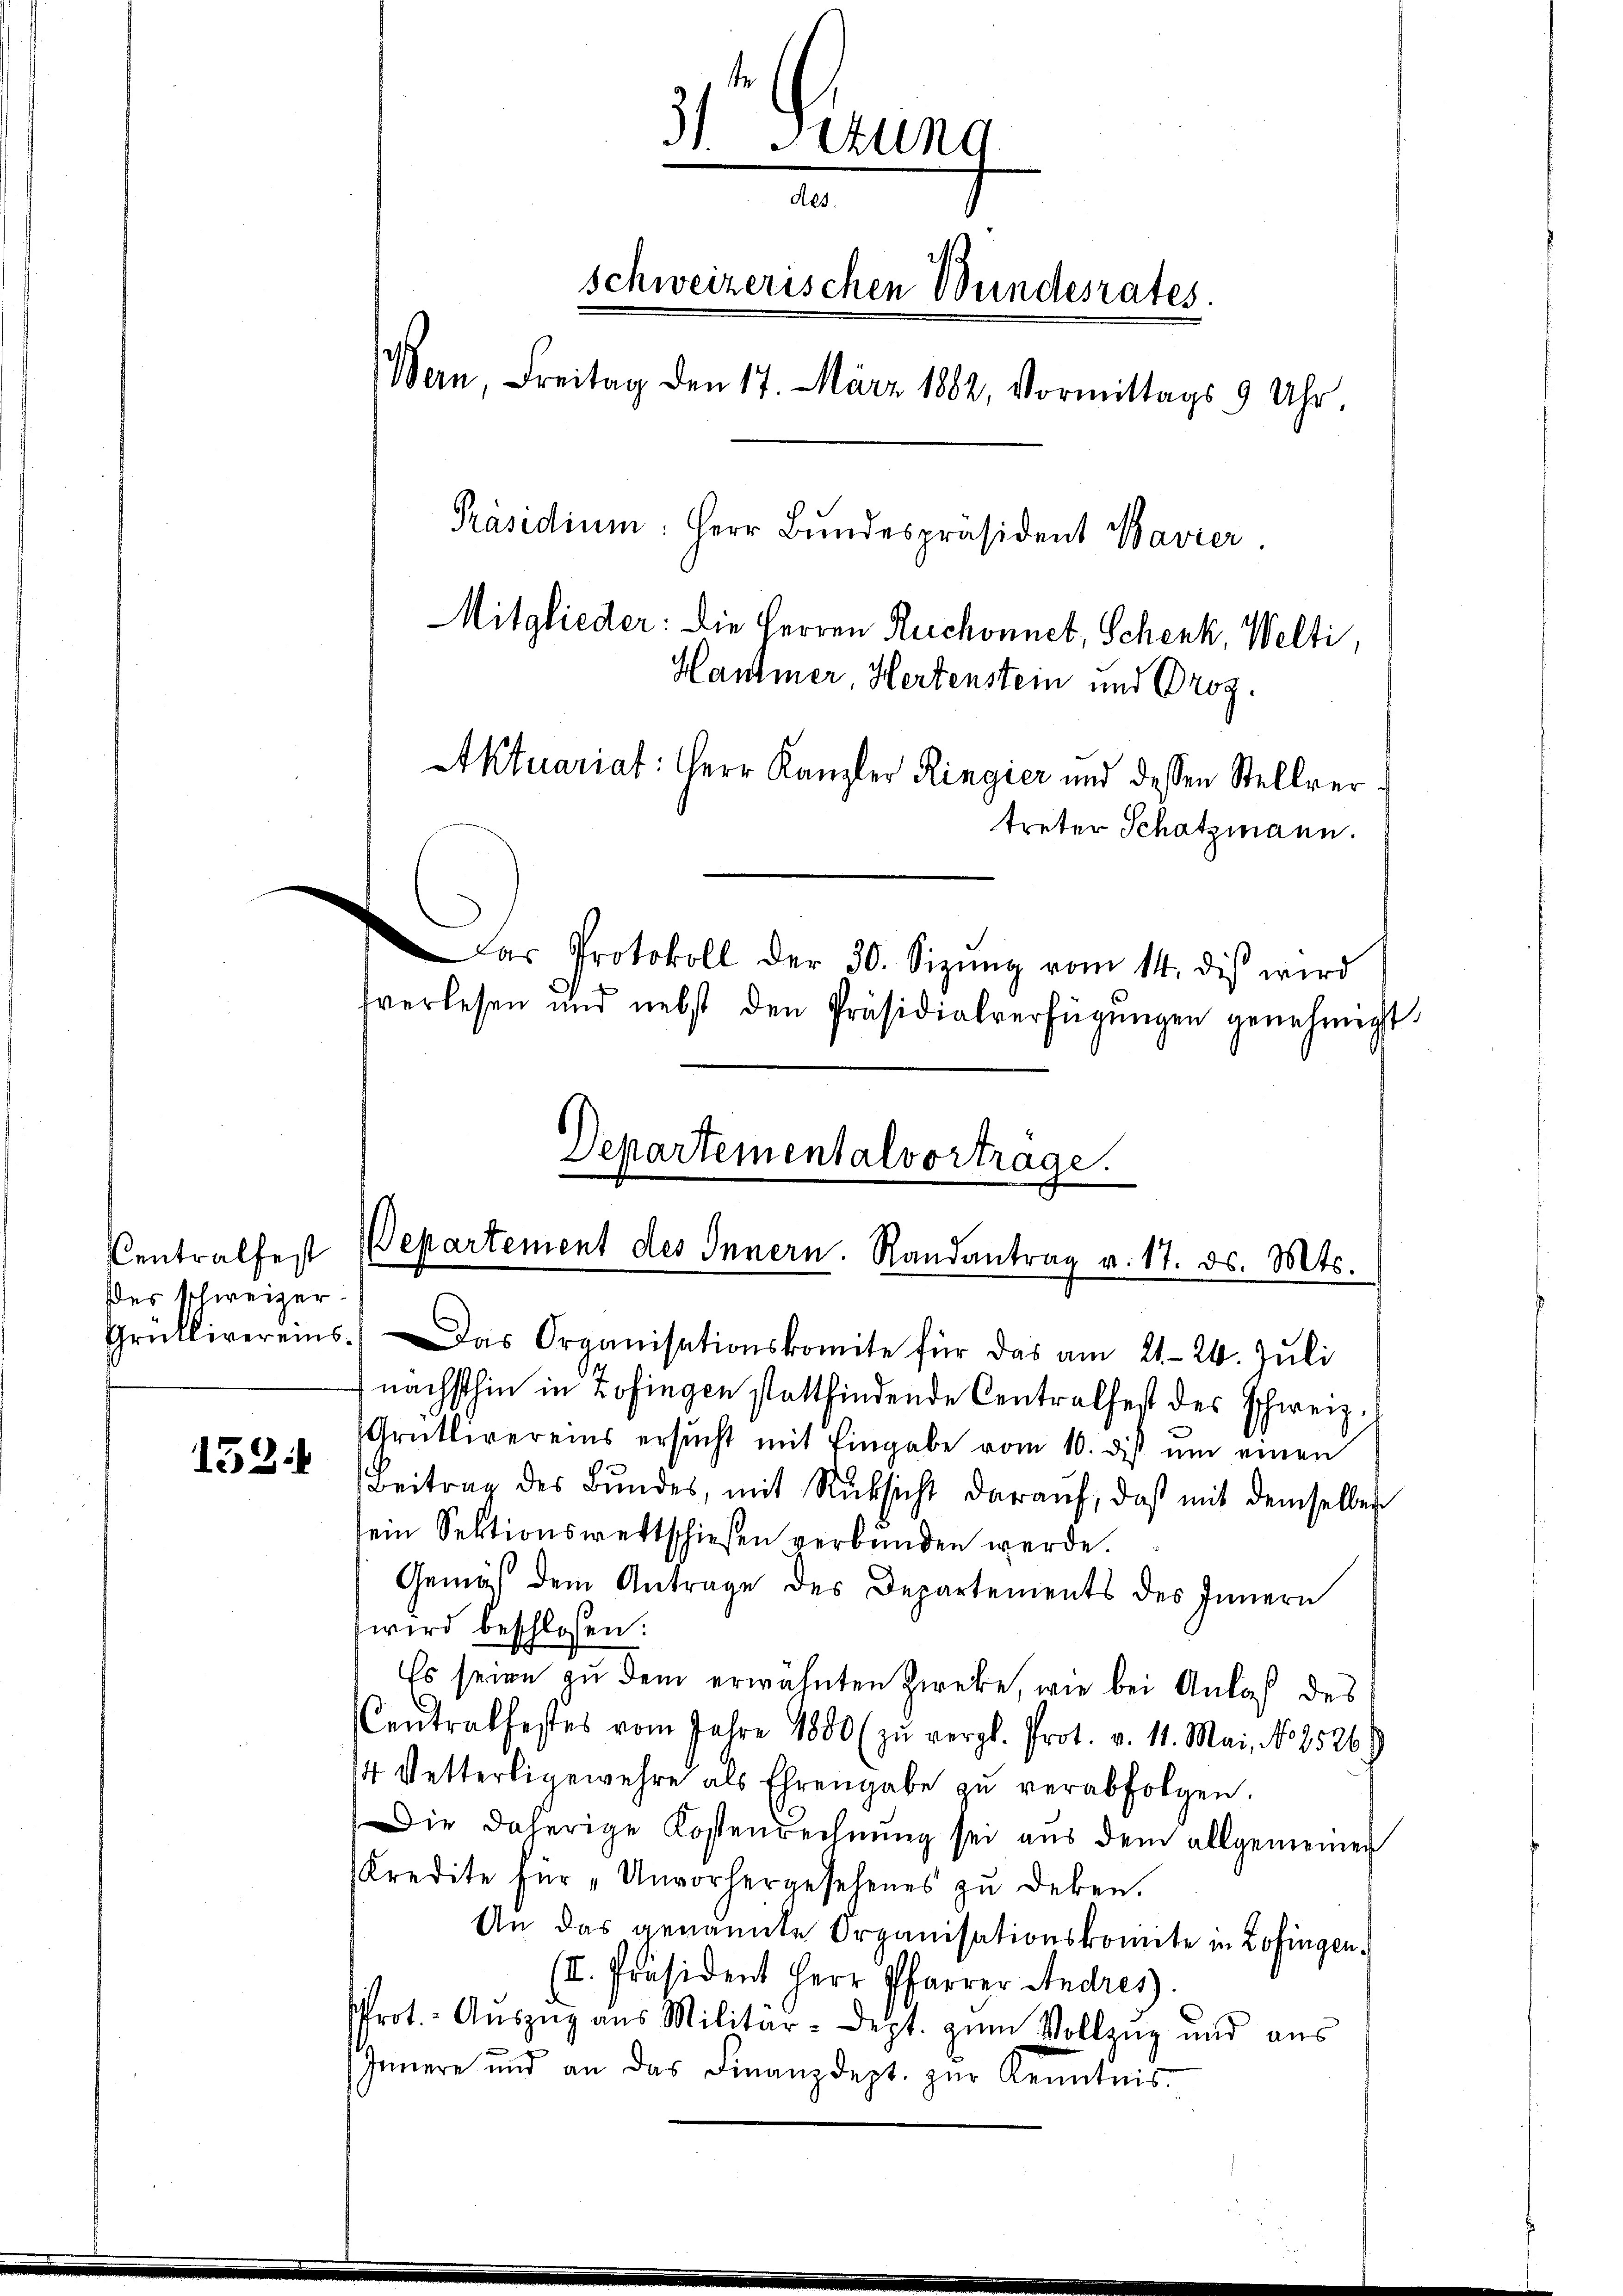
des schweizer

152

31. Situng
des.
schweizerischen Wundesrates.
Bern, Freitag den 17. März 1882, Vormittags 9 Uhr.
Präsidium: Herr Bundespräsident Bavier
Mitglieder: Die Herren Ruchonnet, Schenk, Welti
Hantmer, Hertenstein und Proz.
Aktuariat: Herr Kanzler Ringier und dessen Stellvertreter Schatzmann.
Das Protokoll der 30. Sizŭng vom 14. dis wird
sverlesen und nebst den Präsidialverfügŭngen genehmigt.

Departementalvortrage.
Centralfest Departement des Innern. Randantrag v. 17. ds. Mts.
Grüllivereins. Das Organisationskomite für das am 21. 24. Jŭli

nächsthin in Zofingen stattfindende Centralfest des Schweiz.
Grütlivereins ersŭcht mit Eingabe vom 10. dis ŭm einen
Beitrag des Bŭndes, mit Rücksicht daraŭf, daß mit demselben
ein Sektionswettschießen verbunden werde.
Gemäß dem Antrage des Departements des Innern
wird beschlossen:
Es seien zu dem erwähnten Zweke, wie bei Anlaß des
Centralfestes vom Jahre 1800 zŭ vergl. Prot. v. 11. Mai, No. 1526
4 Vetterligewehre als Ehrengabe zŭ verabfolgen.
Die daherige Kostenrechnung sei aus dem allgemeiner
Kredite für „Unvorhergesehenes zŭ deken.
An das genannte Organisationskomite in Zofingen.
(II. Präsident Herr Pfarrer Andres.
rot. Aŭszŭg aŭs Militär-Dept. zŭm Vollzug und aus
Innere und an das Finanzdept. zŭr Kenntnis